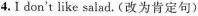
4.I don't like salad.(改为肯定句)